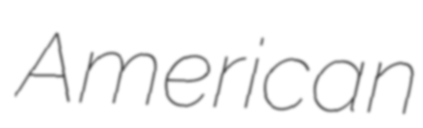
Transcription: American